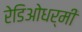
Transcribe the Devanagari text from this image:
रेडिओधर्मी